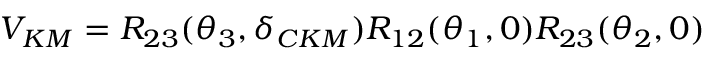
V _ { K M } = R _ { 2 3 } ( \theta _ { 3 } , \delta _ { C K M } ) R _ { 1 2 } ( \theta _ { 1 } , 0 ) R _ { 2 3 } ( \theta _ { 2 } , 0 )